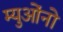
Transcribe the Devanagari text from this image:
म्युओंनो